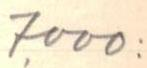
7000: